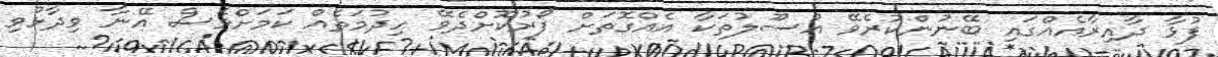
ފުޅާ ދާއިރާއެއްގައި ބޭނުންކުރެވޭ އުސޫލުތަކާ އެއްގޮތަށް ފޯރުކޮށްދެވޭ ހިދުމަތެއް ކަމަށްވެސް އޭނާ ވިދާޅުވި